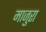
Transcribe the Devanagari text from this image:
माजुरा